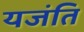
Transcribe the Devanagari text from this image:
यजंति